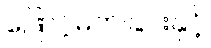
ဖြောင့်မတ်ခြင်းနှင့်